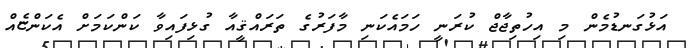
އަޅުގަނޑުމެން މި އިހުތިޖާޖް ކުރަނީ ހަމައެކަނި މާފަރުގެ ތަރައްޤީއާ ގުޅިފައިވާ ކަންކަމަށް އެކަންޏެއް